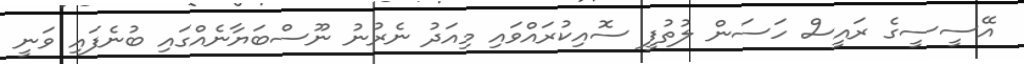
އޭސީސީގެ ރައީސް ހަސަން ލުތުފީ ސޮއިކުރައްވައި މިއަދު ނެރުނު ނޫސްބަޔާނެއްގައި ބުނެފައި ވަނީ